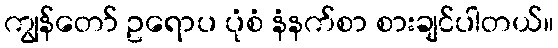
ကျွန်တော် ဥရောပ ပုံစံ နံနက်စာ စားချင်ပါတယ်။